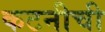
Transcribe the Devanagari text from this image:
कटनीची